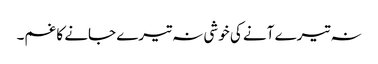
نہ تیرے آنے کی خوشی نہ تیرے جانے کا غم۔